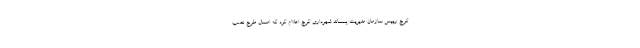
کرج رییس سازمان مدیریت پسماند شهرداری کرج اعلام کرد که امسال طرح نصب